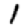
Digit: 1